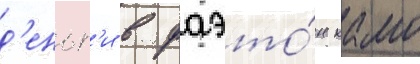
д'еньг'и в фаэто́н камо